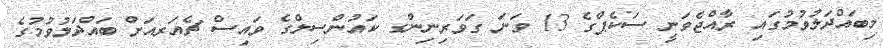
މިބައްދަލުވުމުގައި ރާއްޖެވަނީ ސަކެޕްގެ 13 ވަނަ ގަވަރިނިންގ ކައުންސިލްގެ ވައިސް ޗެއަރއަށް ބައްދަލުވުމުގެ